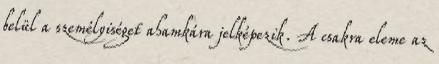
belül a személyiséget ahamkára jelképezik. A csakra eleme az